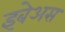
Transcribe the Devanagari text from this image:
इबेअस